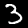
Label: 3